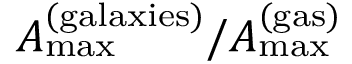
A _ { \mathrm { m a x } } ^ { \mathrm { ( g a l a x i e s ) } } / A _ { \mathrm { m a x } } ^ { \mathrm { ( g a s ) } }